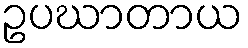
ဥပဃာတာယ